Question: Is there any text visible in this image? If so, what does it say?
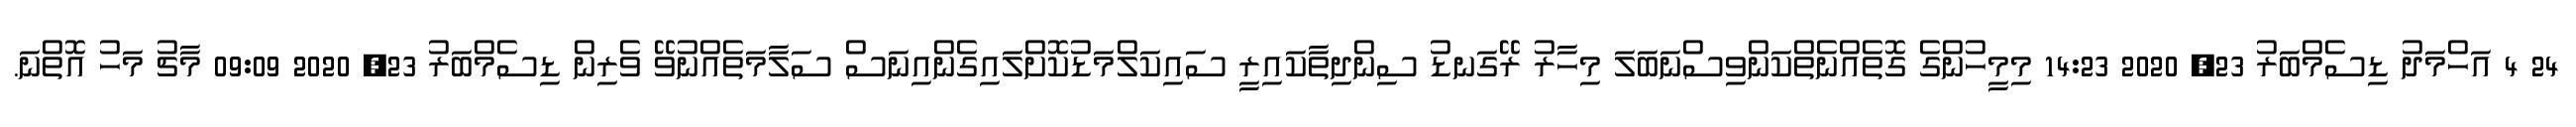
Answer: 24 4 އަހްމަދު ޑިސެމްބަރު 23, 2020 14:23 މިމީހުންގެ ގޮތެއްނެތްކަންވިސްނަބަލަ މިހާރު ރޭގަނޑު ސިންދިތާކައިރީ ސައިކަލްމަޑުކޮށްލައިގެންއިނަސް ސަލާމަތެއްނުވޭ ވެރިން ޑިސެމްބަރު 23, 2020 09:09 މާޗު މަހު އޮތްނަ.